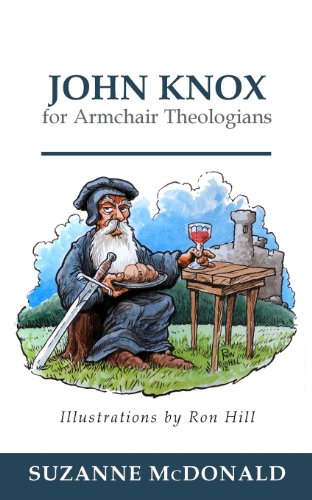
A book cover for John Knox for Armchair Theologians; Suzanne McDonald; Christian Books & Bibles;